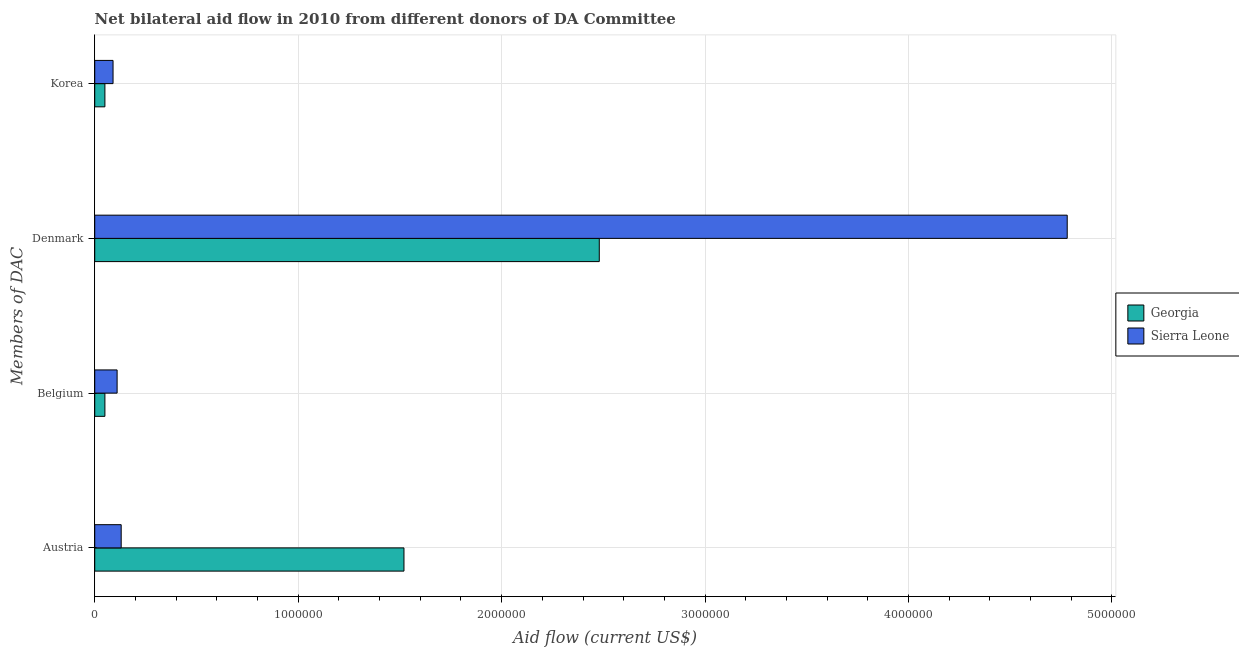
| Members of DAC | Georgia | Sierra Leone |
 | --- | --- | --- |
 | Austria | 1.52e+06 | 1.3e+05 |
 | Belgium | 5e+04 | 1.1e+05 |
 | Denmark | 2.48e+06 | 4.78e+06 |
 | Korea | 5e+04 | 9e+04 |